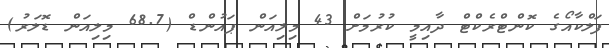
ފަލްކާއޯގެ ކޮންޓްރެކްޓް ދާއިމީ ކުރުމަށް 43 މިލިއަން ޕައުންޑް (68.7 މިލިއަން ޑޮލަރު)